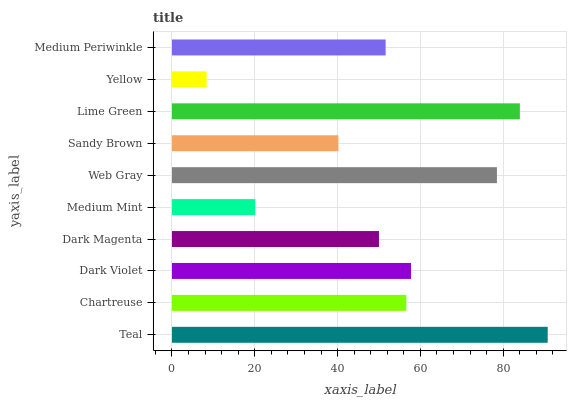
| yaxis_label | bars |
 | --- | --- |
 | Teal | 90.7 |
 | Chartreuse | 56.6 |
 | Dark Violet | 57.7 |
 | Dark Magenta | 50 |
 | Medium Mint | 20.1 |
 | Web Gray | 78.5 |
 | Sandy Brown | 40.2 |
 | Lime Green | 84 |
 | Yellow | 8.38 |
 | Medium Periwinkle | 51.6 |